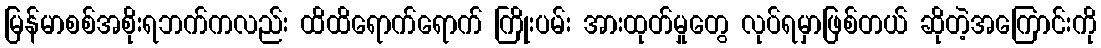
မြန်မာစစ်အစိုးရဘက်ကလည်း ထိထိရောက်ရောက် ကြိုးပမ်း အားထုတ်မှုတွေ လုပ်ရမှာဖြစ်တယ် ဆိုတဲ့အကြောင်းကို